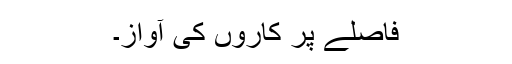
فاصلے پر کاروں کی آواز۔